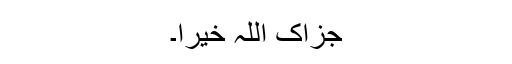
جزاک اللہ خیرا۔